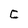
Character: C